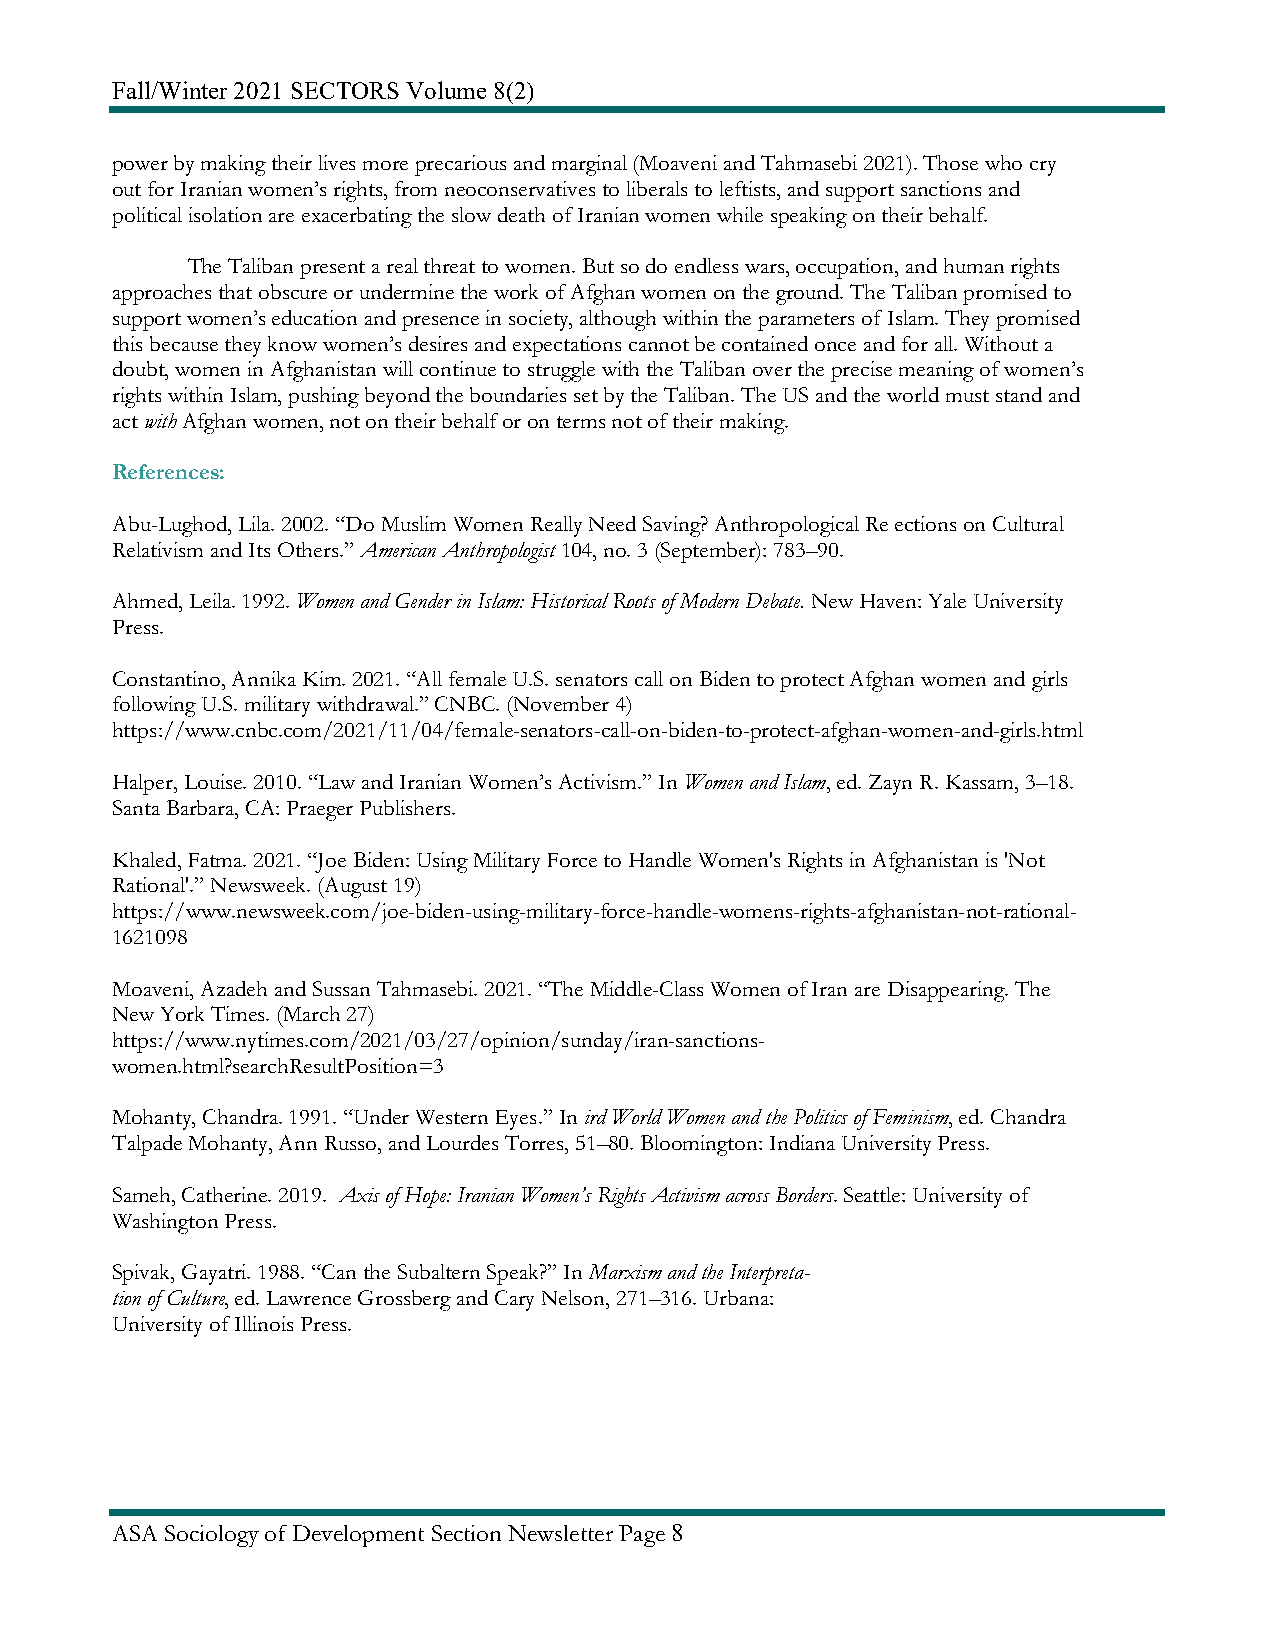
Fall/Winter 2021 SECTORS Volume 8(2)
 power by making their lives more precarious and marginal (Moaveni and Tahmasebi 2021). Those who cry
 out for Iranian women’s rights, from neoconservatives to liberals to leftists, and support sanctions and
 political isolation are exacerbating the slow death of Iranian women while speaking on their behalf.
 The Taliban present a real threat to women. But so do endless wars, occupation, and human rights
 approaches that obscure or undermine the work of Afghan women on the ground. The Taliban promised to
 support women’s education and presence in society, although within the parameters of Islam. They promised
 this because they know women’s desires and expectations cannot be contained once and for all. Without a
 doubt, women in Afghanistan will continue to struggle with the Taliban over the precise meaning of women’s
 rights within Islam, pushing beyond the boundaries set by the Taliban. The US and the world must stand and
 act with Afghan women, not on their behalf or on terms not of their making.
 References:
 Abu-Lughod, Lila. 2002. “Do Muslim Women Really Need Saving? Anthropological Re ections on Cultural
 Relativism and Its Others.” American Anthropologist 104, no. 3 (September): 783–90.
 Ahmed, Leila. 1992. Women and Gender in Islam: Historical Roots of Modern Debate. New Haven: Yale University
 Press.
 Constantino, Annika Kim. 2021. “All female U.S. senators call on Biden to protect Afghan women and girls
 following U.S. military withdrawal.” CNBC. (November 4)
 https://www.cnbc.com/2021/11/04/female-senators-call-on-biden-to-protect-afghan-women-and-girls.html
 Halper, Louise. 2010. “Law and Iranian Women’s Activism.” In Women and Islam, ed. Zayn R. Kassam, 3–18.
 Santa Barbara, CA: Praeger Publishers.
 Khaled, Fatma. 2021. “Joe Biden: Using Military Force to Handle Women's Rights in Afghanistan is 'Not
 Rational'.” Newsweek. (August 19)
 https://www.newsweek.com/joe-biden-using-military-force-handle-womens-rights-afghanistan-not-rational-
 1621098
 Moaveni, Azadeh and Sussan Tahmasebi. 2021. “The Middle-Class Women of Iran are Disappearing. The
 New York Times. (March 27)
 https://www.nytimes.com/2021/03/27/opinion/sunday/iran-sanctions-
 women.html?searchResultPosition=3
 Mohanty, Chandra. 1991. “Under Western Eyes.” In ird World Women and the Politics of Feminism, ed. Chandra
 Talpade Mohanty, Ann Russo, and Lourdes Torres, 51–80. Bloomington: Indiana University Press.
 Sameh, Catherine. 2019. Axis of Hope: Iranian Women’s Rights Activism across Borders. Seattle: University of
 Washington Press.
 Spivak, Gayatri. 1988. “Can the Subaltern Speak?” In Marxism and the Interpreta-
 tion of Culture, ed. Lawrence Grossberg and Cary Nelson, 271–316. Urbana:
 University of Illinois Press.
 ASA Sociology of Development Section Newsletter Page 8